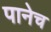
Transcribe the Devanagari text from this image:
पानेच